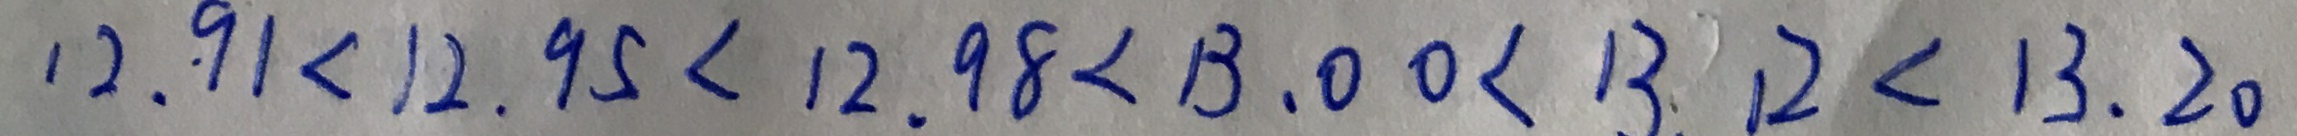
1 2 . 9 1 < 1 2 . 9 5 < 1 2 . 9 8 < 1 3 . 0 0 < 1 3 . 1 2 < 1 3 . 2 0